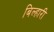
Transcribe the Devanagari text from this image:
बिल्हारी